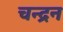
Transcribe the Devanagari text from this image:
चन्‍द्रन